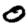
Digit: 0